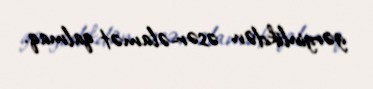
gərginlikdən əsər-əlamət qalmaq.